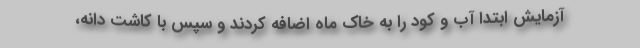
آزمایش ابتدا آب و کود را به خاک ماه اضافه کردند و سپس با کاشت دانه،